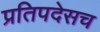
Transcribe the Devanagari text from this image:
प्रतिपदेसच